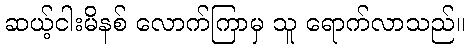
ဆယ့်ငါးမိနစ် လောက်ကြာမှ သူ ရောက်လာသည်။